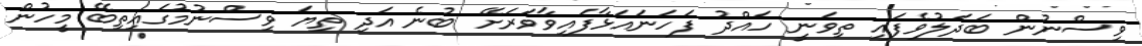
ވިސްނުން ބަދަލުވެފައި ތިވަނީ ހައްދު ފަހަނައަޅާފައިވާވަރަށޭ ބުނެ އަދި ތިޔަ ވިސްނުމުގައިތިބޭ މީހުން